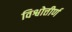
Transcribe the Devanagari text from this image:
विश्वोत्तीर्ण